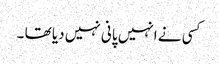
کسی نے انہیں پانی نہیں دیا تھا ۔